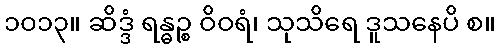
၁၀၁၃။ ဆိဒ္ဒံ ရန္ဓဉ္စ ဝိဝရံ၊ သုသိရေ ဒူသနေပိ စ။